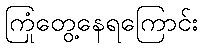
ကြုံတွေ့နေရကြောင်း